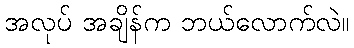
အလုပ် အချိန်က ဘယ်လောက်လဲ။